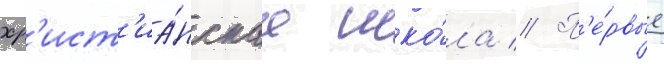
хр'ист'иа́нскаа шко́ла // П'е́рвые